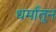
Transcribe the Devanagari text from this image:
धर्मांतून